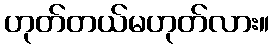
ဟုတ်တယ်မဟုတ်လား။